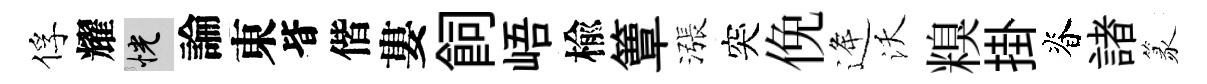
俘耀恍論東𣅜偕婁飼峿楡簟漲突俛逄沃糗掛脊諸篆